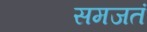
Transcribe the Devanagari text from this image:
समजतं